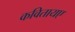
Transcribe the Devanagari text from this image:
कवितायए